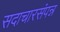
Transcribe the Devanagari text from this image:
सदाचारसंपन्न